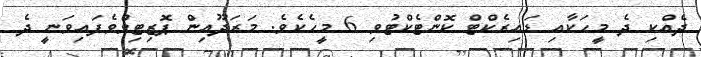
ދެއްކި ދެ މީހަކާއި ޑައިރެކްޓް ކޮންޓެކްޓުވި 6 މީހެކެވެ. މަރަދޫއިން ޕޮޒިޓިވްވެފައިވަނީ ދެ